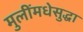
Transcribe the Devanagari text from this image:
मुलींमधेसुद्धा